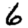
Digit: 6